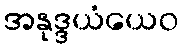
အနုဒ္ဒယံယေဝ